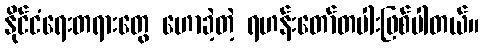
နိုင်ငံရေးတရားတွေ ဟောခဲ့တဲ့ ရဟန်းတော်တပါးဖြစ်ပါတယ်။